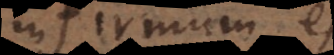
infirmum est,